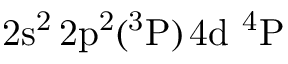
\mathrm { 2 s ^ { 2 } \, 2 p ^ { 2 } ( ^ { 3 } P ) \, 4 d ~ ^ { 4 } P }